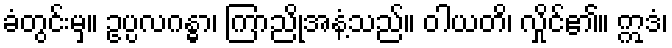
ခံတွင်းမှ။ ဥပ္ပလဂန္ဓာ၊ ကြာညိုအနံ့သည်။ ဝါယတိ၊ လှိုင်၏။ ဣဒံ၊